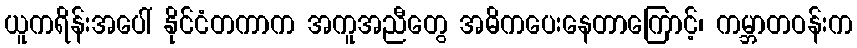
ယူကရိန်းအပေါ် နိုင်ငံတကာက အကူအညီတွေ အဓိကပေးနေတာကြောင့်၊ ကမ္ဘာတဝန်းက